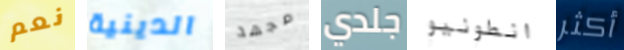
نعم الدينية مجهد جلدي انطونيو أكثر